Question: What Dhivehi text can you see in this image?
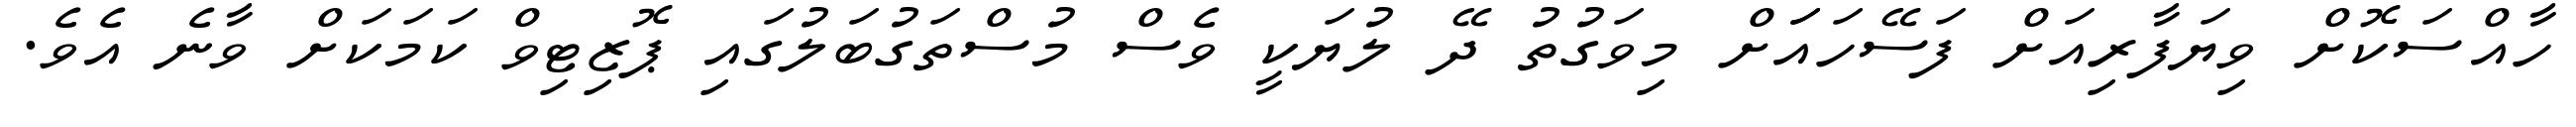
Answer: ހާއްސަކޮށް ވިޔަފާރިއަށް ފަސޭހައަަށް މިވަގުތު ދޭ ލުޔަކީ ވެސް މުސްތަގުބަލުގައި ޕޮޒިޓިވް ކަމަކަށް ވާނެ އެވެ.